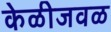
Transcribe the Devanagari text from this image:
केळीजवळ